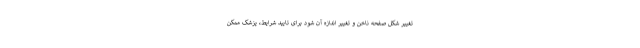
تغییر شکل صفحه ناخن و تغییر اندازه آن شود برای تایید شرایط، پزشک ممکن